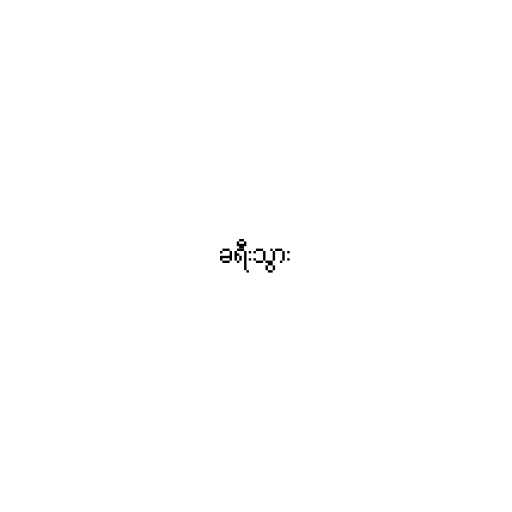
ခရီးသွား